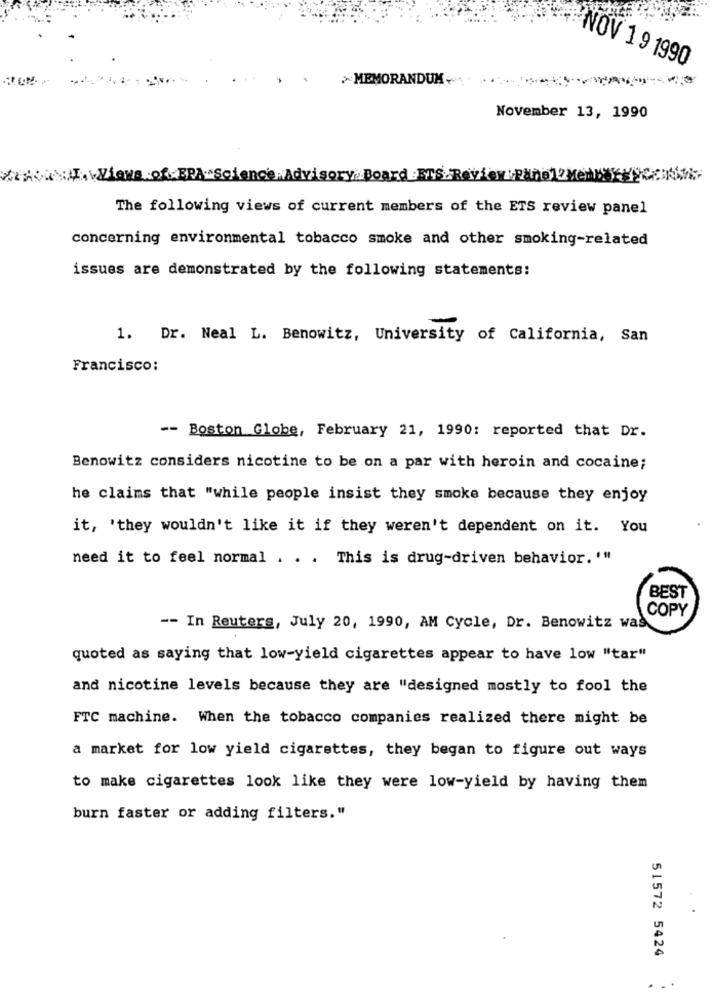
NOV 19 1990
MEMORANDUM
November 13, 1990
WViens of. BRA. "Science , Advisory Board ETS Re
The following views of current members of the ETS review panel
concerning environmental tobacco smoke and other smoking-related
issues are demonstrated by the following statements:
1. Dr. Neal L. Benowitz, University of California, San
Francisco:
-- Boston Globe, February 21, 1990: reported that Dr.
Benowitz considers nicotine to be on a par with heroin and cocaine;
he claims that "while people insist they smoke because they enjoy
it, 'they wouldn't like it if they weren't dependent on it. You
need it to feel normal . . . This is drug-driven behavior. '"
BEST
COPY
-- In Reuters, July 20, 1990, AM Cycle, Dr. Benowitz was
quoted as saying that low-yield cigarettes appear to have low "tar"
and nicotine levels because they are "designed mostly to fool the
FTC machine. When the tobacco companies realized there might be
a market for low yield cigarettes, they began to figure out ways
to make cigarettes look like they were low-yield by having them
burn faster or adding filters."
51572 5424
...